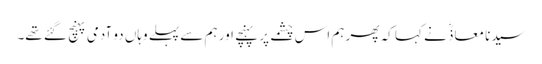
سیدنا معاذؓ نے کہا کہ پھر ہم اس چشمے پر پہنچے اور ہم سے پہلے وہاں دو آدمی پہنچ گئے تھے۔